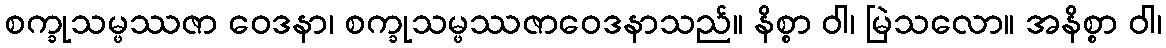
စက္ခုသမ္ဖဿဇာ ဝေဒနာ၊ စက္ခုသမ္ဖဿဇာဝေဒနာသည်။ နိစ္စာ ဝါ၊ မြဲသလော။ အနိစ္စာ ဝါ၊